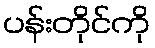
ပန်းတိုင်ကို